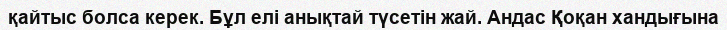
қайтыс болса керек. Бұл елі анықтай түсетін жай. Андас Қоқан хандығына